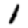
Digit: 1